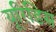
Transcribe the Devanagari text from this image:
यूरिडिस